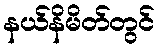
နယ်နိမိတ်တွင်